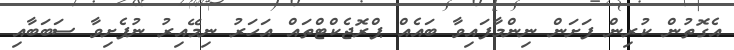
އެގޮތުން ކުރިން ފަށަން ނިންމާފައިވާ ބައެއް ޕްރޮޖެކްޓްތައް އަހަރު ނިމޭއިރު ނުފެށިވާ ސަބަބާއި